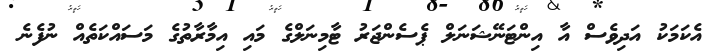
އެކަމަކު އަދިވެސް އާ އިންޓަނޭޝަނަލް ޕެސެންޖަރު ޓާމިނަލްގެ މައި އިމާރާތުގެ މަސައްކަތެއް ނުފެނެ